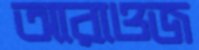
আরাওজ